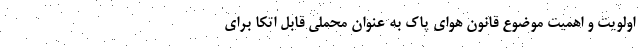
اولویت و اهمیت موضوع قانون هوای پاک به عنوان محملی قابل اتکا برای